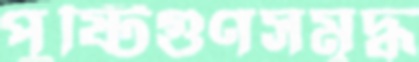
পুষ্টিগুণসমৃদ্ধ